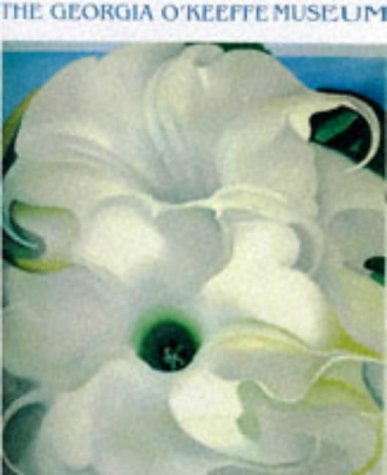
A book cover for Georgia O'Keeffe Museum; Peter H. Hassrick; Travel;